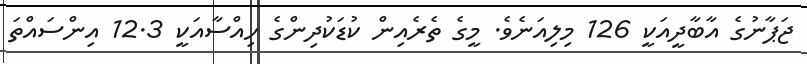
ޖަޕާނުގެ އާބާދީއަކީ 126 މިލިއަނެވެ. މީގެ ތެރެއިން ކުޑަކުދިންގެ ހިއްސާއަކީ 12.3 އިންސައްތަ